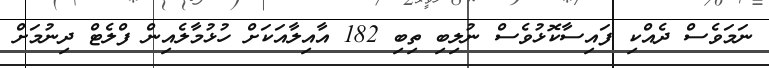
ނަމަވެސް ދެއްކި ފައިސާކޮޅުވެސް ނުލިބި ތިބި 182 އާއިލާއަކަށް ހުޅުމާލެއިން ފްލެޓް ދިނުމަށް